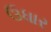
ઉધાર